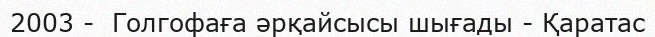
2003 -  Голгофаға әрқайсысы шығады - Қаратас